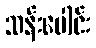
သန်းပေါင်း